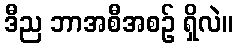
ဒီည ဘာအစီအစဉ် ရှိလဲ။